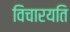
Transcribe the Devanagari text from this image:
विचारयति